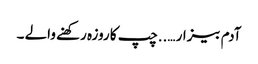
آدم بیزار …..چپ کا روزہ رکھنے والے ۔